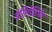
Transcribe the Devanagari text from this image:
इंडिपेंडियेंट